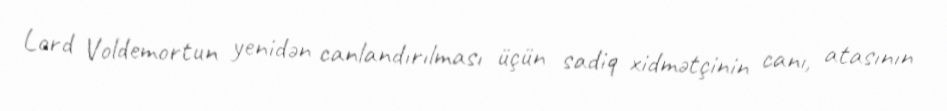
Lord Voldemortun yenidən canlandırılması üçün sadiq xidmətçinin canı, atasının